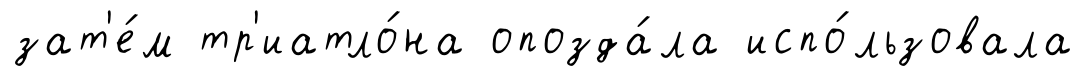
зат'е́м тр'иатло́на опозда́ла испо́льзовала